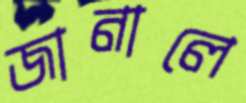
জানালে